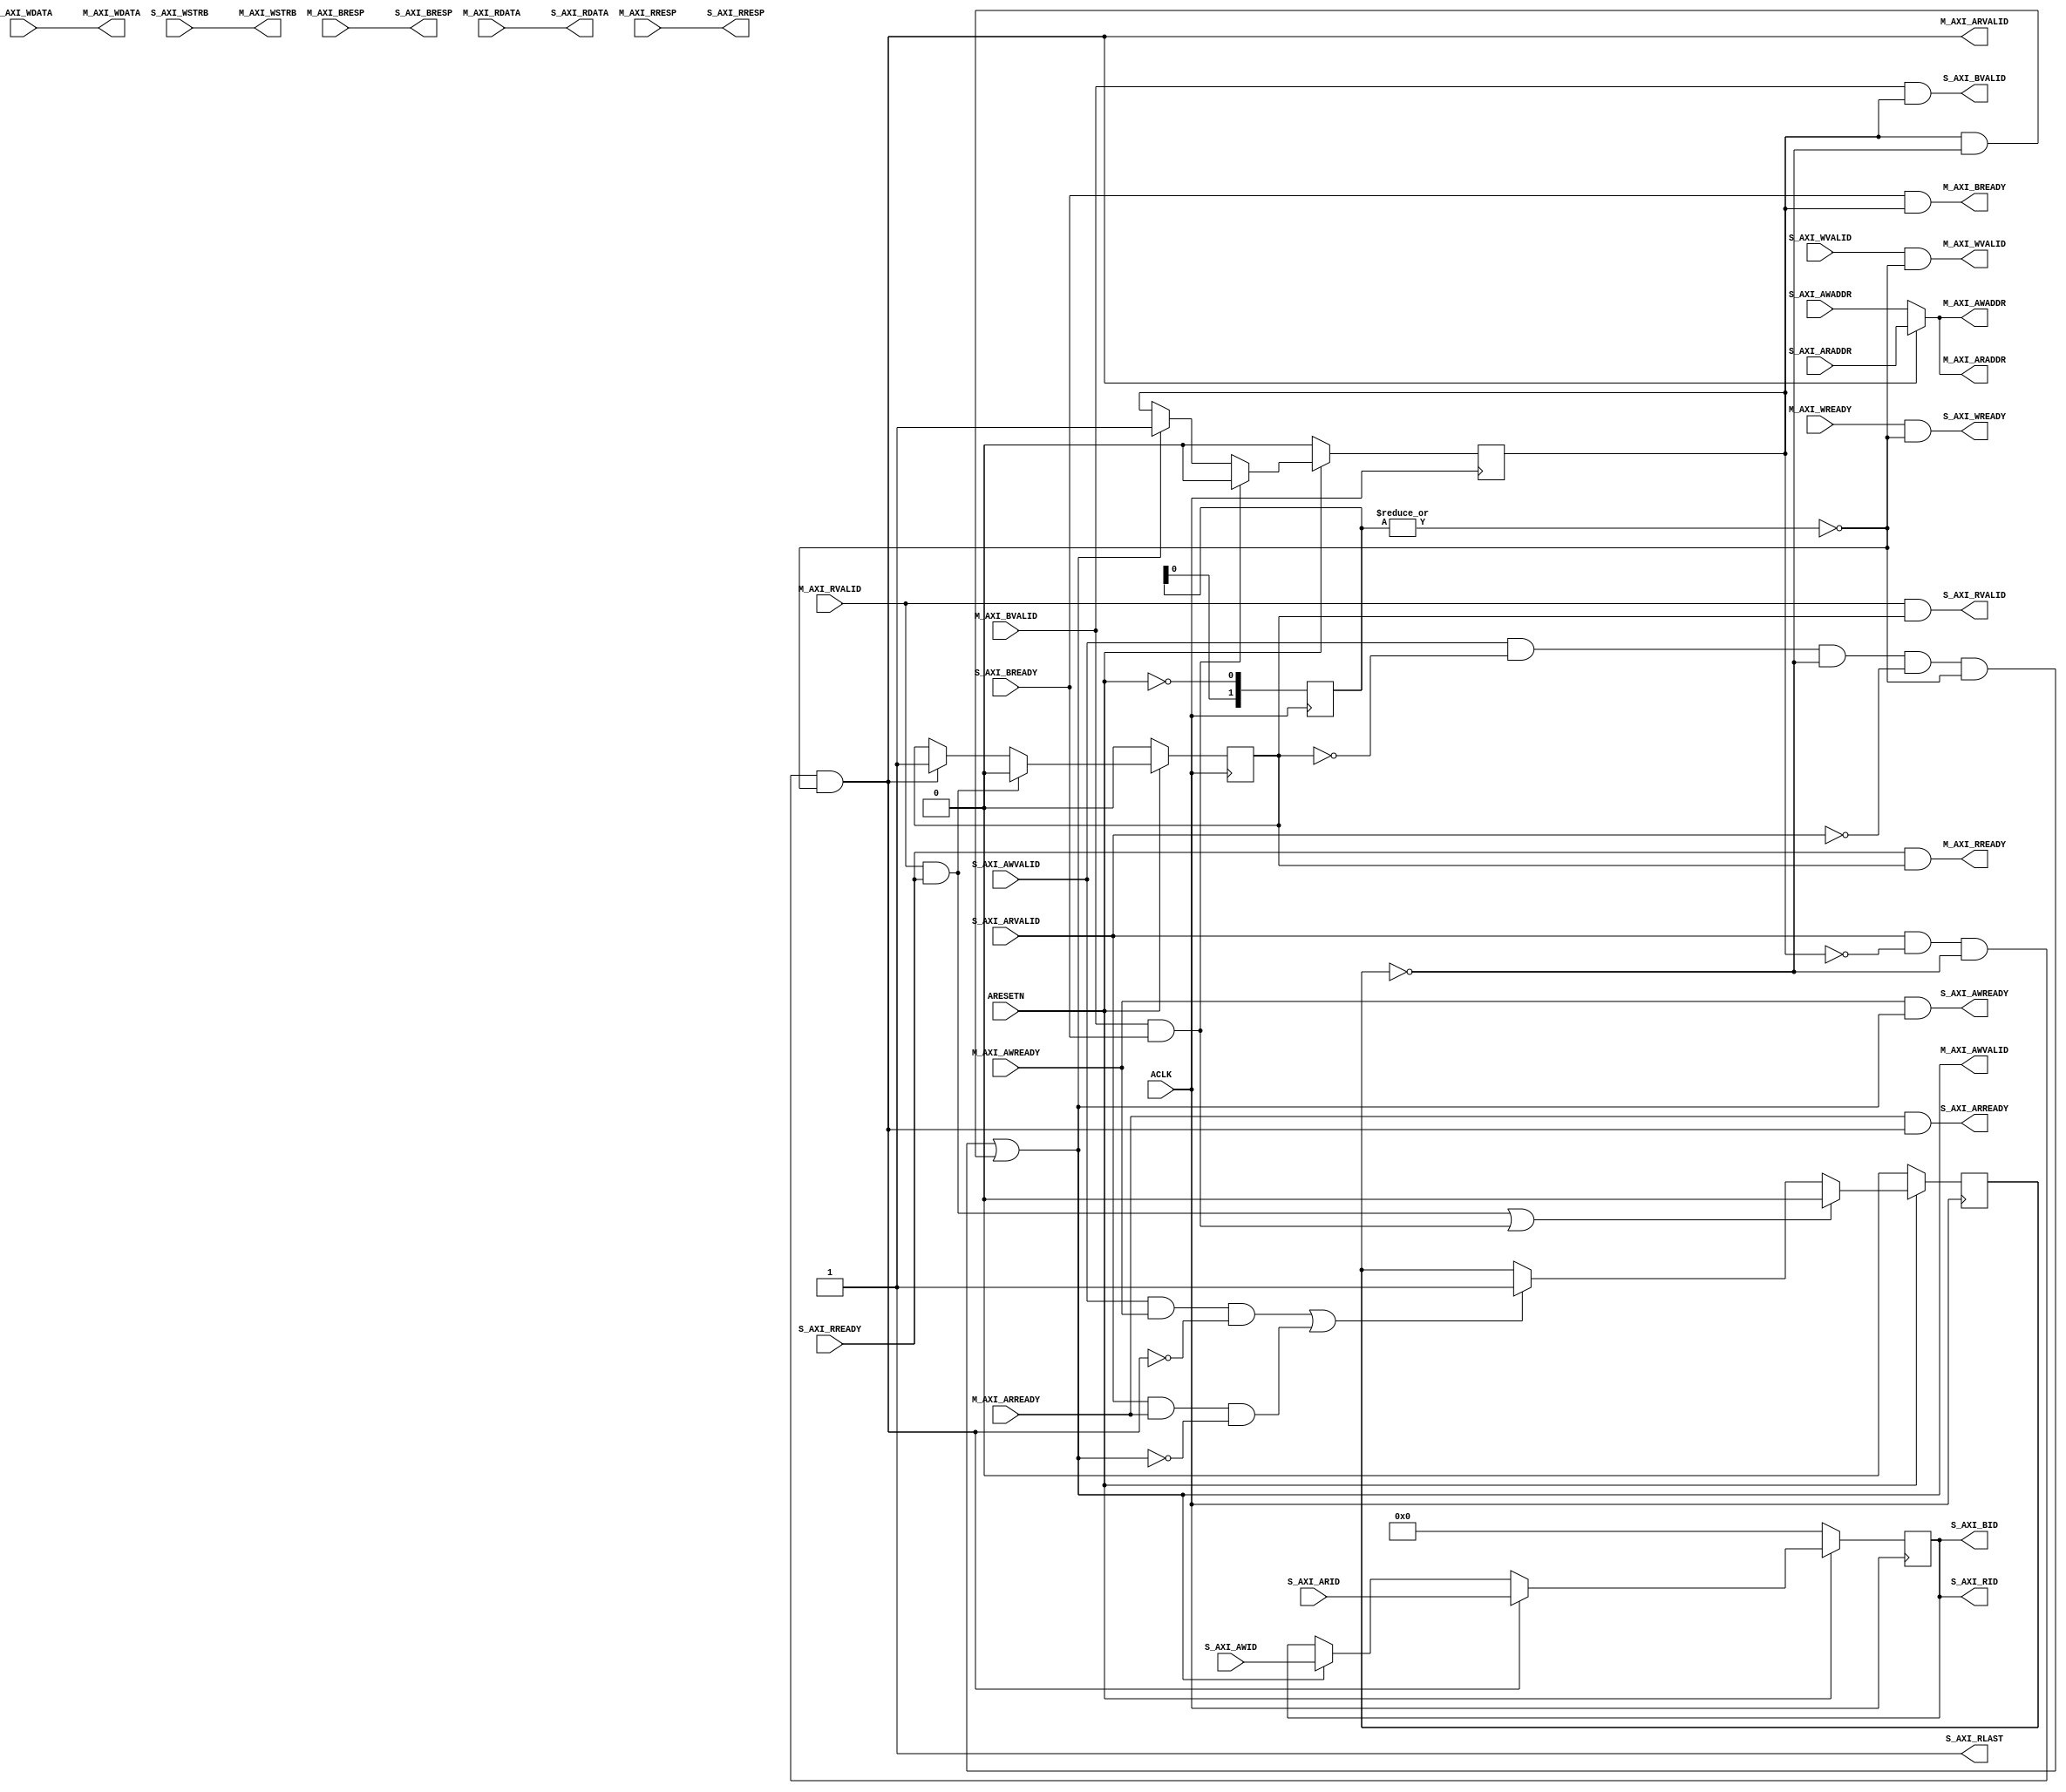
// This program was cloned from: https://github.com/jameshegarty/rigel
// License: MIT License

//`timescale 1ps/1ps

module ict106_axilite_conv #
  (
   parameter integer C_AXI_ID_WIDTH              = 12,
   parameter integer C_AXI_ADDR_WIDTH            = 32,
   parameter integer C_AXI_DATA_WIDTH            = 32 // CONSTANT
   )
  (
   // System Signals
   input  wire                          ACLK,
   input  wire                          ARESETN,
   input  wire [C_AXI_ID_WIDTH-1:0]     S_AXI_AWID,
   input  wire [C_AXI_ADDR_WIDTH-1:0]   S_AXI_AWADDR,
   input  wire                          S_AXI_AWVALID,
   output wire                          S_AXI_AWREADY,
   input  wire [C_AXI_DATA_WIDTH-1:0]   S_AXI_WDATA,
   input  wire [C_AXI_DATA_WIDTH/8-1:0] S_AXI_WSTRB,
   input  wire                          S_AXI_WVALID,
   output wire                          S_AXI_WREADY,
   output wire [C_AXI_ID_WIDTH-1:0]     S_AXI_BID,
   output wire [2-1:0]                  S_AXI_BRESP,
   output wire                          S_AXI_BVALID,
   input  wire                          S_AXI_BREADY,
   input  wire [C_AXI_ID_WIDTH-1:0]     S_AXI_ARID,
   input  wire [C_AXI_ADDR_WIDTH-1:0]   S_AXI_ARADDR,
   input  wire                          S_AXI_ARVALID,
   output wire                          S_AXI_ARREADY,
   output wire [C_AXI_ID_WIDTH-1:0]     S_AXI_RID,
   output wire [C_AXI_DATA_WIDTH-1:0]   S_AXI_RDATA,
   output wire [2-1:0]                  S_AXI_RRESP,
   output wire                          S_AXI_RLAST,    // Constant =1
   output wire                          S_AXI_RVALID,
   input  wire                          S_AXI_RREADY,
   output wire [C_AXI_ADDR_WIDTH-1:0]   M_AXI_AWADDR,
   output wire                          M_AXI_AWVALID,
   input  wire                          M_AXI_AWREADY,
   output wire [C_AXI_DATA_WIDTH-1:0]   M_AXI_WDATA,
   output wire [C_AXI_DATA_WIDTH/8-1:0] M_AXI_WSTRB,
   output wire                          M_AXI_WVALID,
   input  wire                          M_AXI_WREADY,
   input  wire [2-1:0]                  M_AXI_BRESP,
   input  wire                          M_AXI_BVALID,
   output wire                          M_AXI_BREADY,
   output wire [C_AXI_ADDR_WIDTH-1:0]   M_AXI_ARADDR,
   output wire                          M_AXI_ARVALID,
   input  wire                          M_AXI_ARREADY,
   input  wire [C_AXI_DATA_WIDTH-1:0]   M_AXI_RDATA,
   input  wire [2-1:0]                  M_AXI_RRESP,
   input  wire                          M_AXI_RVALID,
   output wire                          M_AXI_RREADY
  );
  
  wire [31:0] m_axaddr;

  // Arbiter
  reg read_active;
  reg write_active;
  reg busy;

  wire read_req;
  wire write_req;
  wire read_complete;
  wire write_complete;
  
  reg [1:0] areset_d; // Reset delay register
  always @(posedge ACLK) begin
    areset_d <= {areset_d[0], ~ARESETN};
  end
  
  assign read_req  = S_AXI_ARVALID & ~write_active & ~busy & ~|areset_d;
  assign write_req = (S_AXI_AWVALID & ~read_active & ~busy & ~S_AXI_ARVALID & ~|areset_d) | (write_active & ~busy);

  assign read_complete  = M_AXI_RVALID & S_AXI_RREADY;
  assign write_complete = M_AXI_BVALID & S_AXI_BREADY;

  always @(posedge ACLK) begin : arbiter_read_ff
    if (~ARESETN)
      read_active <= 1'b0;
    else if (read_complete)
      read_active <= 1'b0;
    else if (read_req)
      read_active <= 1'b1;
  end

  always @(posedge ACLK) begin : arbiter_write_ff
    if (~ARESETN)
      write_active <= 1'b0;
    else if (write_complete)
      write_active <= 1'b0;
    else if (write_req)
      write_active <= 1'b1;
  end

  always @(posedge ACLK) begin : arbiter_busy_ff
    if (~ARESETN)
      busy <= 1'b0;
    else if (read_complete | write_complete)
      busy <= 1'b0;
    else if ((S_AXI_AWVALID & M_AXI_AWREADY & ~read_req) | (S_AXI_ARVALID & M_AXI_ARREADY & ~write_req))
      busy <= 1'b1;
  end

  assign M_AXI_ARVALID = read_req;
  assign S_AXI_ARREADY = M_AXI_ARREADY & read_req;

  assign M_AXI_AWVALID = write_req;
  assign S_AXI_AWREADY = M_AXI_AWREADY & write_req;

  assign M_AXI_RREADY  = S_AXI_RREADY & read_active;
  assign S_AXI_RVALID  = M_AXI_RVALID & read_active;

  assign M_AXI_BREADY  = S_AXI_BREADY & write_active;
  assign S_AXI_BVALID  = M_AXI_BVALID & write_active;

  // Address multiplexer
  assign m_axaddr = (read_req) ? S_AXI_ARADDR : S_AXI_AWADDR;

  // Id multiplexer and flip-flop
  reg [C_AXI_ID_WIDTH-1:0] s_axid;

  always @(posedge ACLK) begin : axid
    if      (~ARESETN)    s_axid <= {C_AXI_ID_WIDTH{1'b0}};
    else if (read_req)  s_axid <= S_AXI_ARID;
    else if (write_req) s_axid <= S_AXI_AWID;
  end

  assign S_AXI_BID = s_axid;
  assign S_AXI_RID = s_axid;

  assign M_AXI_AWADDR = m_axaddr;
  assign M_AXI_ARADDR = m_axaddr;


  // Feed-through signals
  assign S_AXI_WREADY   = M_AXI_WREADY & ~|areset_d;
  assign S_AXI_BRESP    = M_AXI_BRESP;
  assign S_AXI_RDATA    = M_AXI_RDATA;
  assign S_AXI_RRESP    = M_AXI_RRESP;
  assign S_AXI_RLAST    = 1'b1;

  assign M_AXI_WVALID   = S_AXI_WVALID & ~|areset_d;
  assign M_AXI_WDATA    = S_AXI_WDATA;
  assign M_AXI_WSTRB    = S_AXI_WSTRB;

endmodule